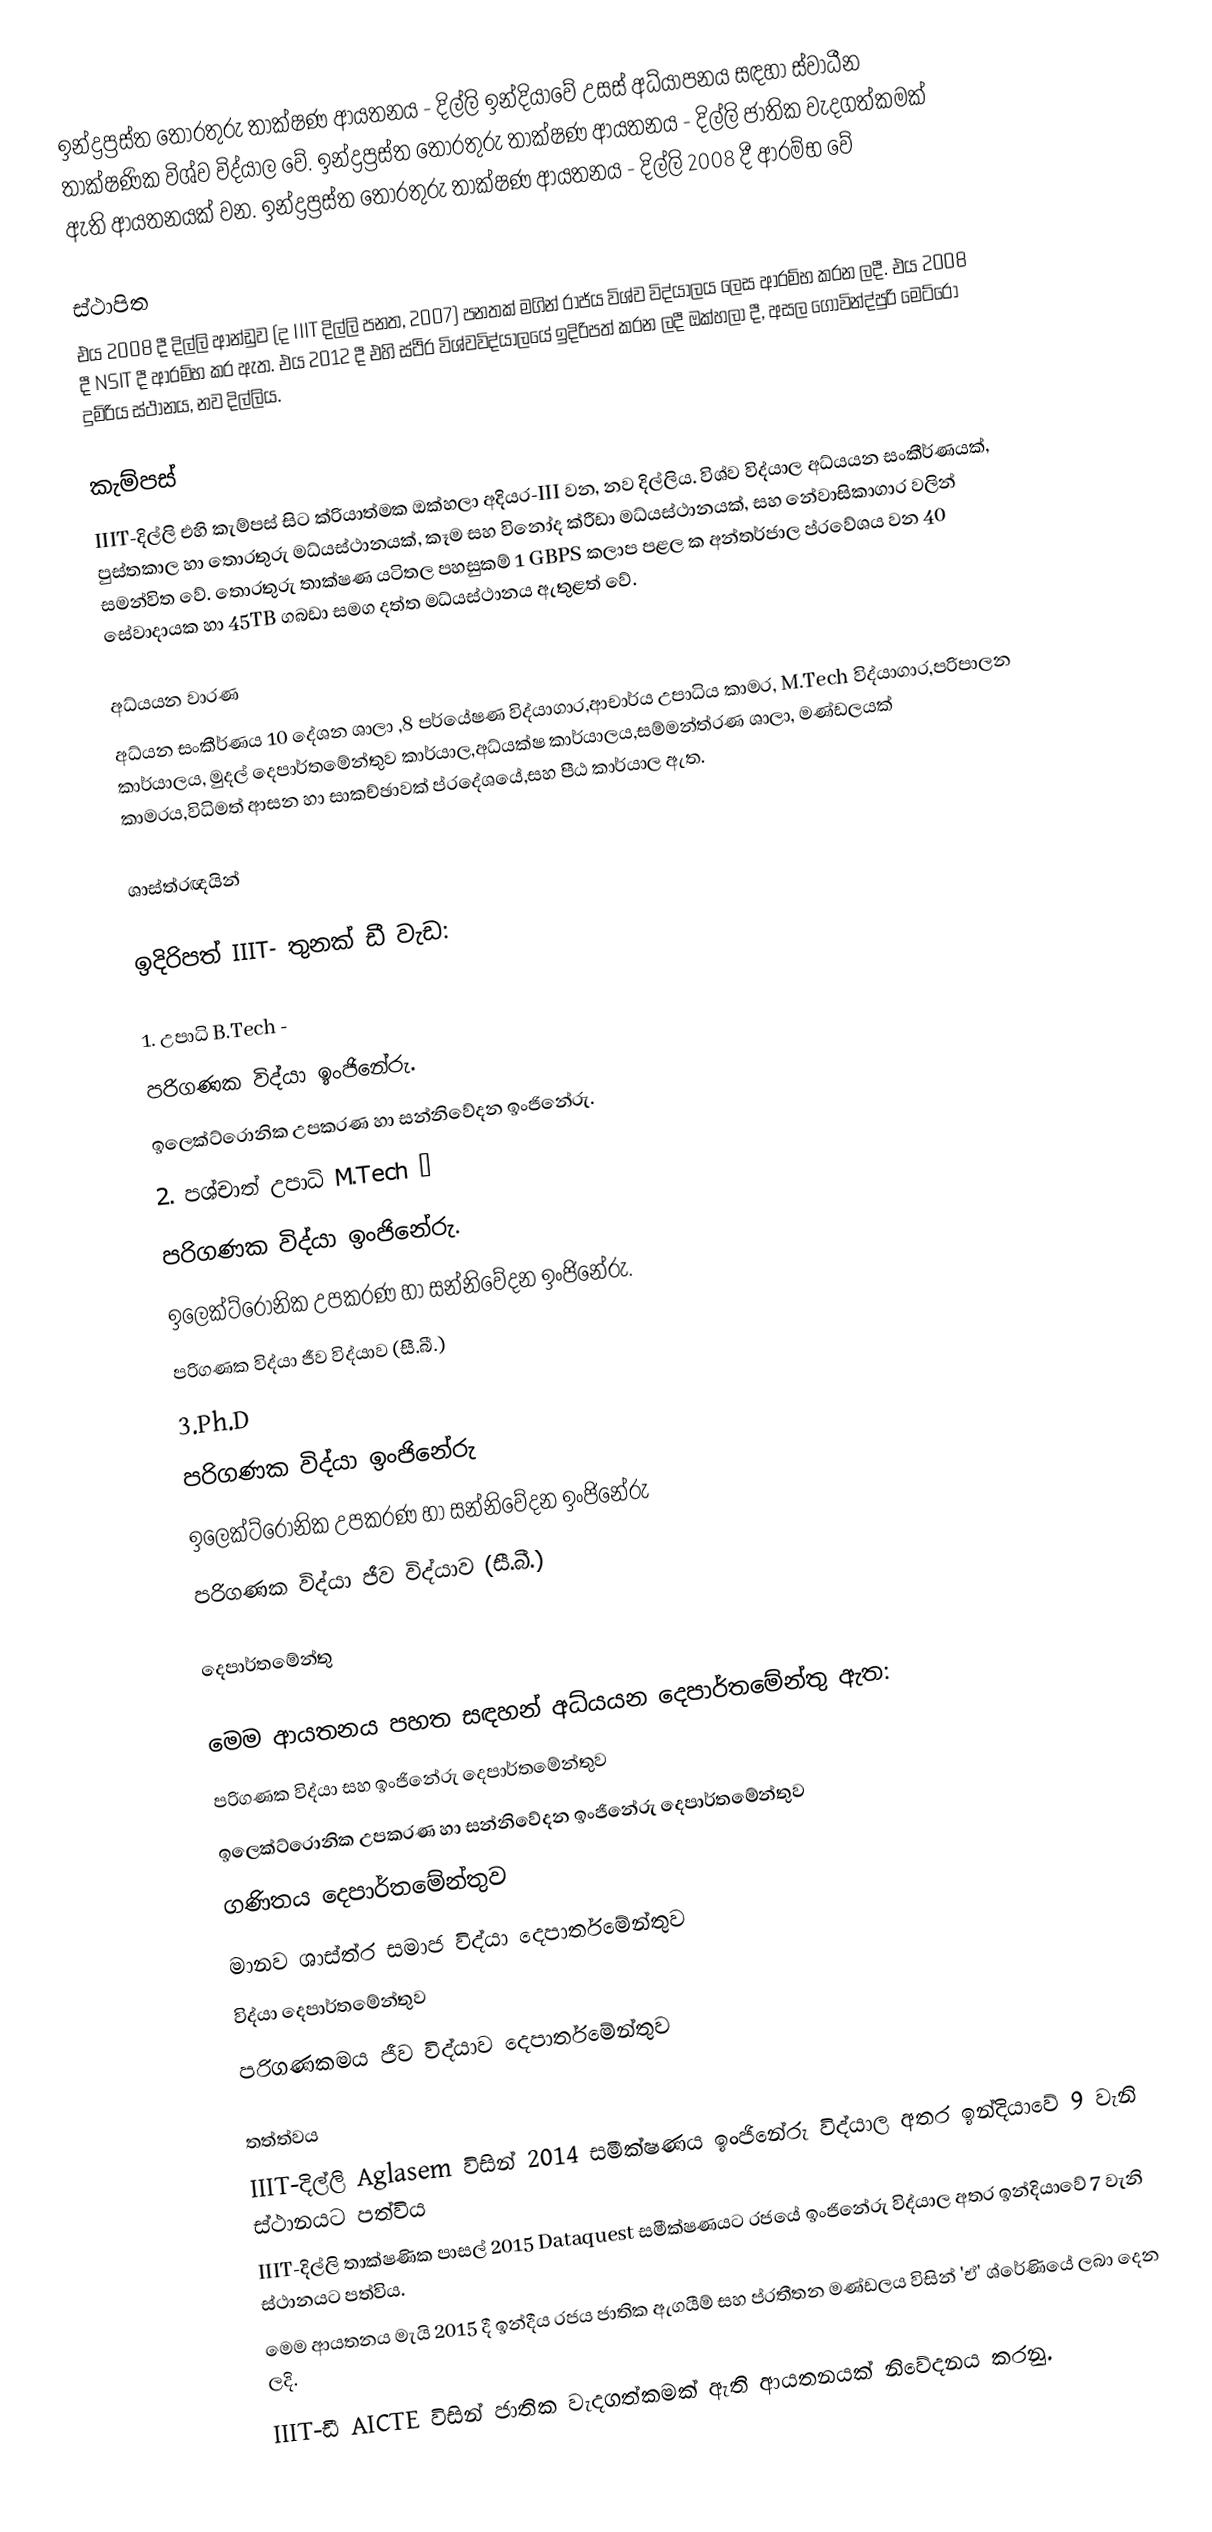
ඉන්ද්‍රප්‍රස්ත තොරතුරු තාක්ෂණ ආයතනය - දිල්ලි ඉන්දියාවේ උසස් අධ්යාපනය සඳහා ස්වාධීන තාක්ෂණික විශ්ව විද්යාල වේ. ඉන්ද්‍රප්‍රස්ත තොරතුරු තාක්ෂණ ආයතනය - දිල්ලි ජාතික වැදගත්කමක් ඇති ආයතනයක් වන.  ඉන්ද්‍රප්‍රස්ත තොරතුරු තාක්ෂණ ආයතනය - දිල්ලි 2008 දී ආරම්භ වේ

ස්ථාපිත
එය 2008 දී දිල්ලි ආන්ඩුව (ද IIIT දිල්ලි පනත, 2007) පනතක් මගින් රාජ්ය විශ්ව විද්යාලය ලෙස ආරම්භ කරන ලදී.  එය 2008 දී NSIT දී ආරම්භ කර ඇත. එය 2012 දී එහි ස්ථිර විශ්වවිද්යාලයේ ඉදිරිපත් කරන ලදී ඔක්හලා දී, අසල ගොවින්ද්පුරි මෙට්රෝ දුම්රිය ස්ථානය, නව දිල්ලිය.

කැම්පස්
IIIT-දිල්ලි එහි කැම්පස් සිට ක්රියාත්මක ඔක්හලා අදියර-III වන, නව දිල්ලිය. විශ්ව විද්යාල අධ්යයන සංකීර්ණයක්, පුස්තකාල හා තොරතුරු මධ්යස්ථානයක්, කෑම සහ විනෝද ක්රීඩා මධ්යස්ථානයක්, සහ නේවාසිකාගාර වලින් සමන්විත වේ. තොරතුරු තාක්ෂණ යටිතල පහසුකම් 1 GBPS කලාප පළල ක අන්තර්ජාල ප්රවේශය වන 40 සේවාදායක හා 45TB ගබඩා සමග දත්ත මධ්යස්ථානය ඇතුළත් වේ.

අධ්යයන වාරණ
අධ්යන සංකීර්ණය 10 දේශන ශාලා ,8 පර්යේෂණ විද්යාගාර,ආචාර්ය උපාධිය කාමර,   M.Tech විද්යාගාර,පරිපාලන කාර්යාලය,   මුදල් දෙපාර්තමේන්තුව කාර්යාල,අධ්යක්ෂ කාර්යාලය,සම්මන්ත්රණ ශාලා,   මණ්ඩලයක් කාමරය,විධිමත් ආසන හා සාකච්ඡාවක් ප්රදේශයේ,සහ පීඨ කාර්යාල ඇත.

ශාස්ත්රඥයින්

ඉදිරිපත් IIIT- තුනක් ඩී වැඩ:

1. උපාධි B.Tech -
 පරිගණක විද්යා ඉංජිනේරු.
 ඉලෙක්ට්රොනික උපකරණ හා සන්නිවේදන ඉංජිනේරු.
2. පශ්චාත් උපාධි M.Tech –
 පරිගණක විද්යා ඉංජිනේරු.
 ඉලෙක්ට්රොනික උපකරණ හා සන්නිවේදන ඉංජිනේරු.
 පරිගණක විද්යා ජීව විද්යාව (සී.බී.)
3.Ph.D
 පරිගණක විද්යා ඉංජිනේරු
 ඉලෙක්ට්රොනික උපකරණ හා සන්නිවේදන ඉංජිනේරු
 පරිගණක විද්යා ජීව විද්යාව (සී.බී.)

දෙපාර්තමේන්තු

මෙම ආයතනය පහත සඳහන් අධ්යයන දෙපාර්තමේන්තු ඇත:
පරිගණක විද්යා සහ ඉංජිනේරු දෙපාර්තමේන්තුව
ඉලෙක්ට්රොනික උපකරණ හා සන්නිවේදන ඉංජිනේරු දෙපාර්තමේන්තුව
ගණිතය දෙපාර්තමේන්තුව
මානව ශාස්ත්ර සමාජ විද්යා දෙපාර්තමේන්තුව
විද්යා දෙපාර්තමේන්තුව
පරිගණකමය ජීව විද්යාව දෙපාර්තමේන්තුව

තත්ත්වය
IIIT-දිල්ලි Aglasem විසින් 2014 සමීක්ෂණය ඉංජිනේරු විද්යාල අතර ඉන්දියාවේ 9 වැනි ස්ථානයට පත්විය
IIIT-දිල්ලි තාක්ෂණික පාසල් 2015 Dataquest සමීක්ෂණයට රජයේ ඉංජිනේරු විද්යාල අතර ඉන්දියාවේ 7 වැනි ස්ථානයට පත්විය.
මෙම ආයතනය මැයි 2015 දී ඉන්දීය රජය ජාතික ඇගයීම් සහ ප්රතීතන මණ්ඩලය විසින් 'ඒ' ශ්රේණියේ ලබා දෙන ලදි.
IIIT-ඩී AICTE විසින් ජාතික වැදගත්කමක් ඇති ආයතනයක් නිවේදනය කරනු.